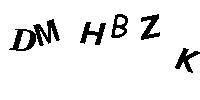
DMHBZK